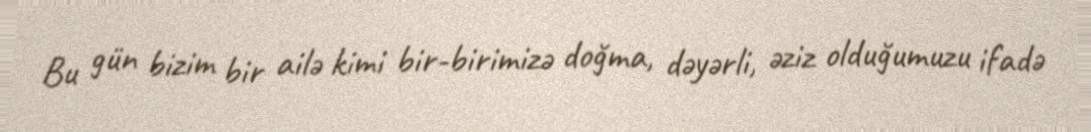
Bu gün bizim bir ailə kimi bir-birimizə doğma, dəyərli, əziz olduğumuzu ifadə